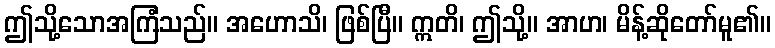
ဤသို့သောအကြံသည်။ အဟောသိ၊ ဖြစ်ပြီ။ ဣတိ၊ ဤသို့။ အာဟ၊ မိန့်ဆိုတော်မူ၏။